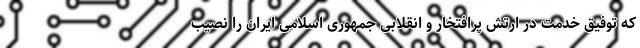
که توفیق خدمت در ارتش پرافتخار و انقلابی جمهوری اسلامی ایران را نصیب